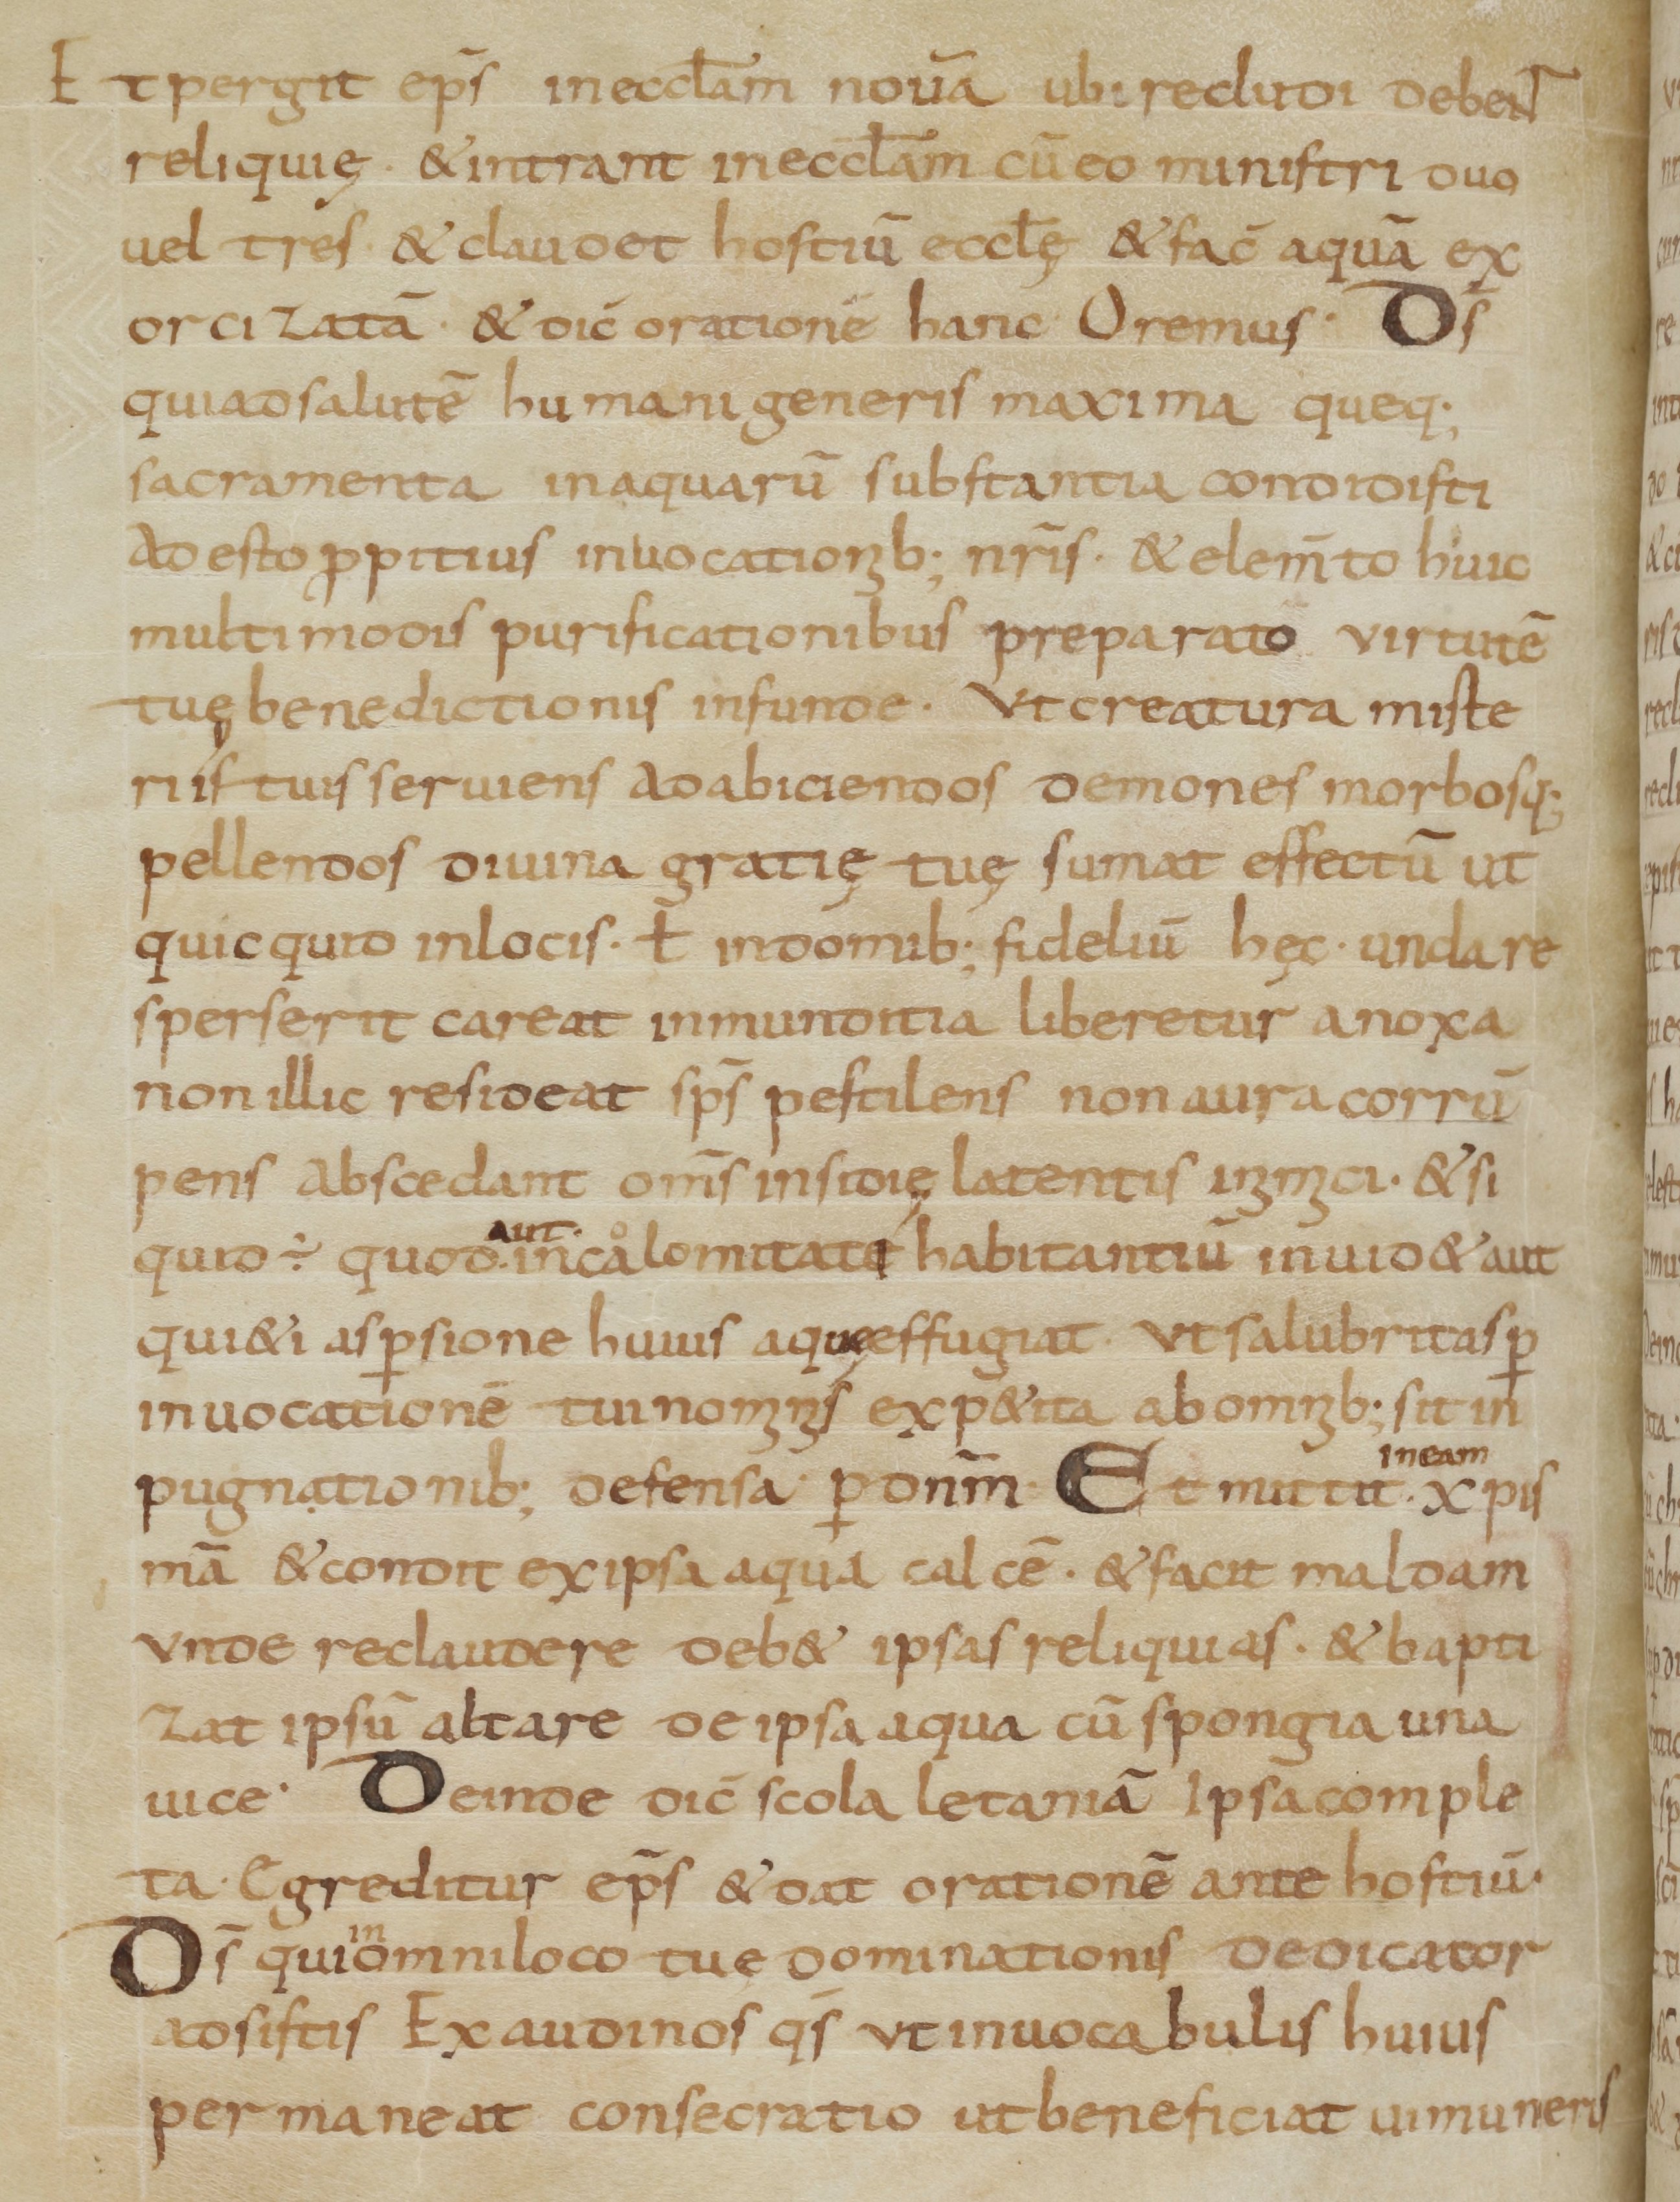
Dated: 900–999